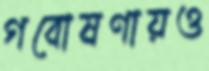
গবোষণায়ও